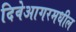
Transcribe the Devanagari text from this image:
दिवेआगरमधील